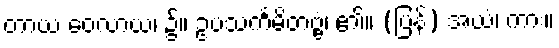
တာယ ဝေလာယ၊ ၌။ ဥပသင်္ကမိတဗ္ဗံ၊ ၏။ (ပြန်) အယံ၊ ကား။